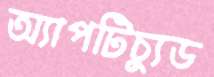
অ্যাপটিচ্যুড